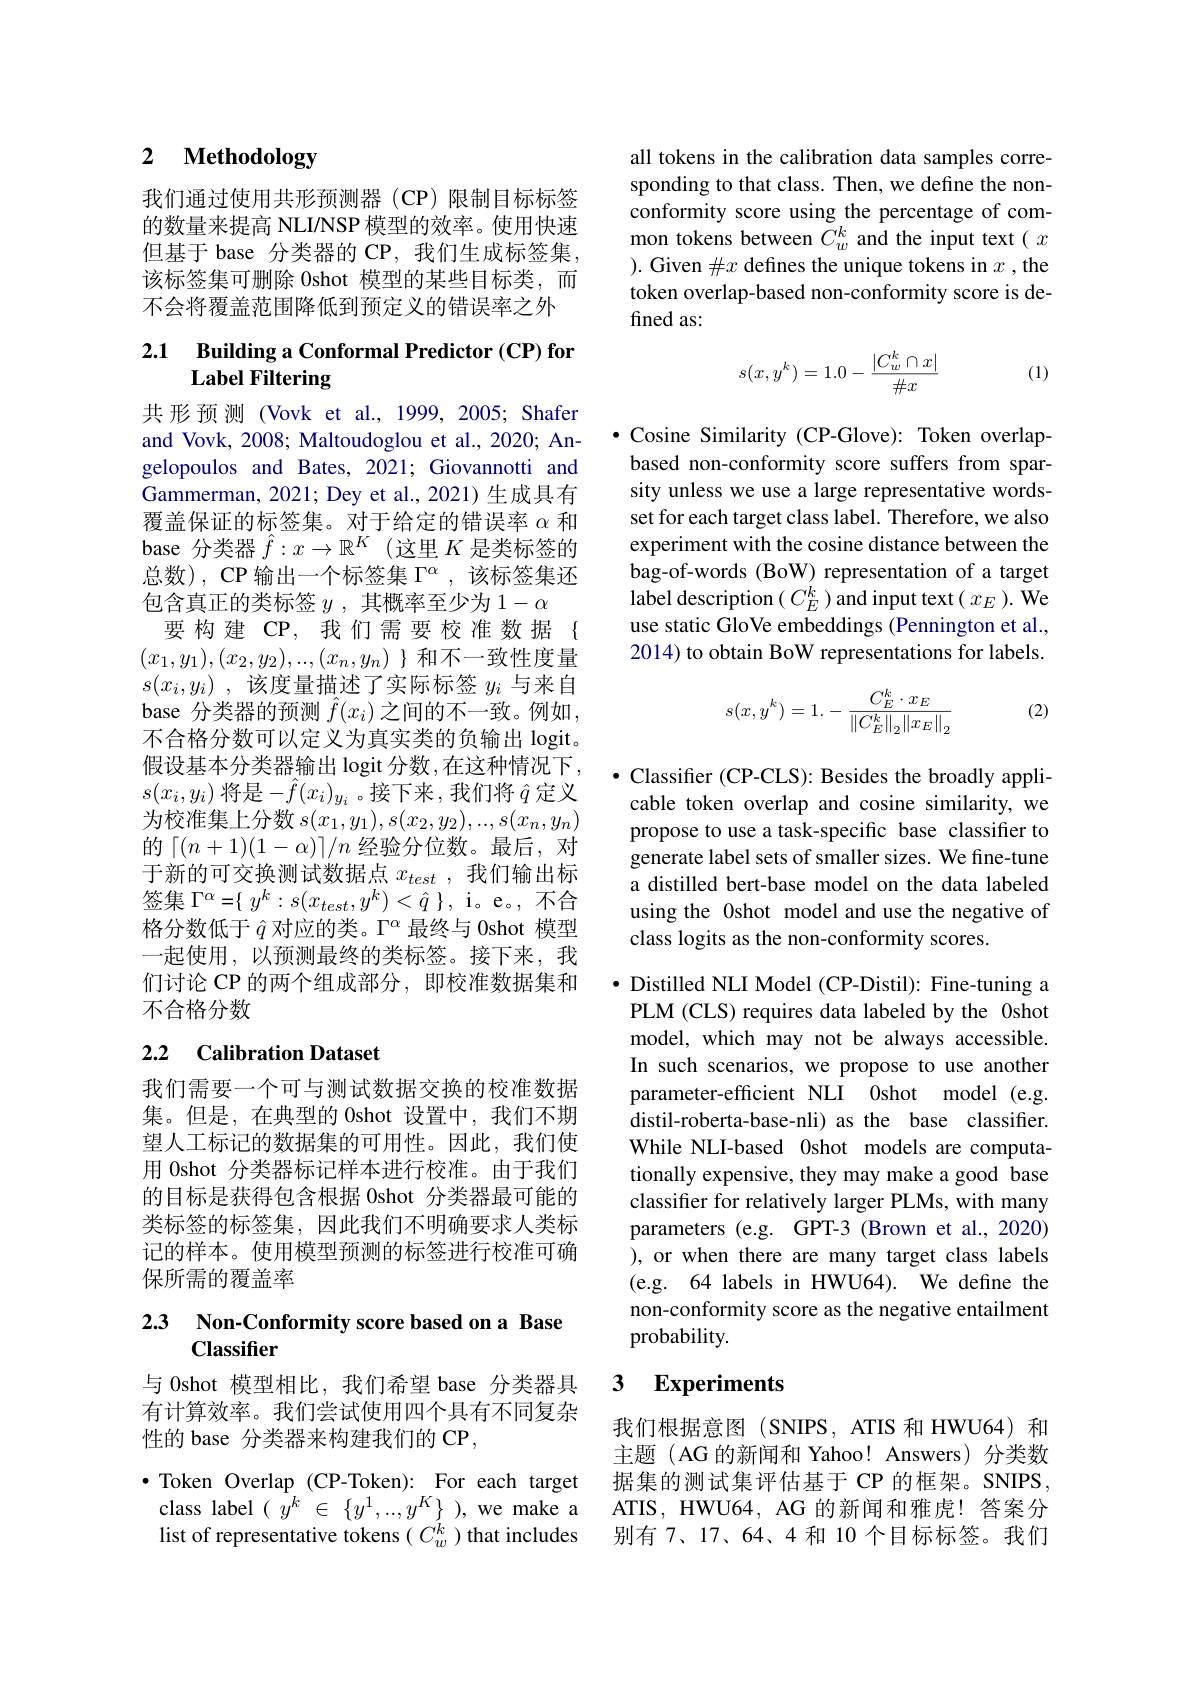
## 2 $\textbf{Methodology}$

我们通过使用共形预测器(CP)限制目标标签的数量来提高 NLI/NSP 模型的效率。使用快速但基于 base 分类器的 CP, 我们生成标签集， 该标签集可删除 Oshot 模型的某些目标类，而不会将覆盖范围降低到预定义的错误率之外

## 2.1 Building a Conformal Predictor (CP) for Label Filtering

共形预测 (Vovk et al., 1999,2005; Shafer and Vovk, 2008; Maltoudoglou et al., 2020; Angelopoulos and Bates, 2021; Giovannotti and Gammerman, 2021; Dey et al., 2021) 生成具有覆盖保证的标签集。对于给定的错误率$\alpha$和base 分类器$\hat{f}:x\to\mathbb{R}^K$ (这里$K$是类标签的总数), CP 输出一个标签集$\Gamma^\alpha$,该标签集还包含真正的类标签$y$ ,其概率至少为$1-\alpha$
要构建 CP, 我们需要校准数据{ $(x_1,y_1),(x_2,y_2),...,(x_n,y_n)$ }和不一致性度量$s( x_i, y_i)$ , 该度量描述了实际标签 $y_i$ 与来自base 分类器的预测$\hat{f}(x_i)$之间的不一致。例如， 不合格分数可以定义为真实类的负输出 logit。假设基本分类器输出 logit 分数 ,在这种情况下， $s(x_i,y_i)$ 将是$-\hat{f}(x_i)_{y_i}$。接下来，我们将$\hat{q}$定义为校准集上分数$s(x_1,y_1),s(x_2,y_2),..,s(x_n,y_n)$ 的「$(n+1)(1-\alpha)]/n$经验分位数。最后，对于新的可交换测试数据点$x_{test}$ ,我们输出标签集$\Gamma ^\alpha = \{$ $y^k: s( x_{test}, y^k) < \hat{q}$ $\} $,i。e。不合格分数低于$\hat{q}$对应的类。$\Gamma^\alpha$最终与 0shot 模型一起使用，以预测最终的类标签。接下来，我们讨论 CP 的两个组成部分，即校准数据集和不合格分数

## 2.2 Calibration Dataset

我们需要一个可与测试数据交换的校准数据集。但是，在典型的 0shot 设置中，我们不期望人工标记的数据集的可用性。因此，我们使用 0shot 分类器标记样本进行校准。由于我们的目标是获得包含根据 0shot 分类器最可能的类标签的标签集，因此我们不明确要求人类标记的样本。使用模型预测的标签进行校准可确保所需的覆盖率

## 2.3 Non-Conformity score based on a Base Classifier

与 0shot 模型相比，我们希望 base 分类器具有计算效率。我们尝试使用四个具有不同复杂性的 base 分类器来构建我们的 CP,
$\bullet$ Token Overlap (CP-Token): For each target class label $( \bar{y^k}$ $\in$ $\{ y^1, . . , y^K\}$ ), we make a list of representative tokens $(C_w^{ik})$ that includes

all tokens in the calibration data samples corresponding to that class. Then, we define the nonconformity score using the percentage of common tokens between $\bar{C}_w^k$ and the input text $(x$ ). Given $\#x$ defines the unique tokens in $x$,the token overlap-based non-conformity score is defined as:

(1)
$$s(x,y^k)=1.0-\frac{|C_w^k\cap x|}{\#x}$$
$\bullet$ Cosine Similarity (CP-Glove): Token overlapbased non-conformity score suffers from sparsity unless we use a large representative wordsset for each target class label. Therefore, we also experiment with the cosine distance between the bag-of-words (BoW) representation of a target label description $(C_E^{k})$ and input text $(x_E).\bar{\mathrm{We}}$ use static GloVe embeddings (Pennington et al., 2014) to obtain BoW representations for labels.
$$s(x,y^k)=1.-\frac{C_E^k\cdot x_E}{\left\|C_E^k\right\|_2\left\|x_E\right\|_2}$$
(2)

$\bullet$ Classifier (CP-CLS): Besides the broadly applicable token overlap and cosine similarity, we propose to use a task-specific base classifier to generate label sets of smaller sizes. We fine-tune a distilled bert-base model on the data labeled using the Oshot model and use the negative of class logits as the non-conformity scores.

$\bullet$ Distilled NLI Model (CP-Distil): Fine-tuning a PLM (CLS) requires data labeled by the 0shot model, which may not be always accessible. In such scenarios, we propose to use another parameter-efficient NLI 0shot model (e.g. distil-roberta-base-nli) as the base classifier. While NLI-based Oshot models are computationally expensive, they may make a good base classifer for relatively larger PLMs, with many parameters (e.g. GPT-3 (Brown et al., 2020) ), or when there are many target class labels (e.g. 64 labels in HWU64). We define the non-conformity score as the negative entailment probability.

### $\textbf{3}$ $\textbf{Experiments}$

我们根据意图(SNIPS,ATIS 和 HWU64) 和主题 (AG 的新闻和 Yahoo! Answers)分类数据集的测试集评估基于 CP 的框架。SNIPS, ATIS, HWU64, AG 的新闻和雅虎！答案分别有 7、17、64、4 和 10 个目标标签。我们